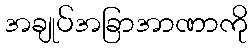
အချုပ်အခြာအာဏာကို